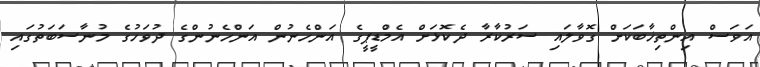
އަވަސް އިންތިޚާބަކަަށް ގޮވާލައި ސަރުކާރާ ދެކޮޅަށް އެމްޑީޕީގެ އަންހެނުން އަންހެނުންގެ ދުވަހުގެ މުނާސަބަތުގައި